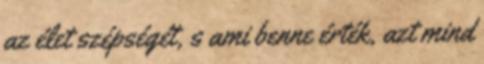
az élet szépségét, s ami benne érték, azt mind